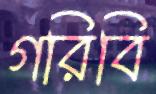
গরিবি